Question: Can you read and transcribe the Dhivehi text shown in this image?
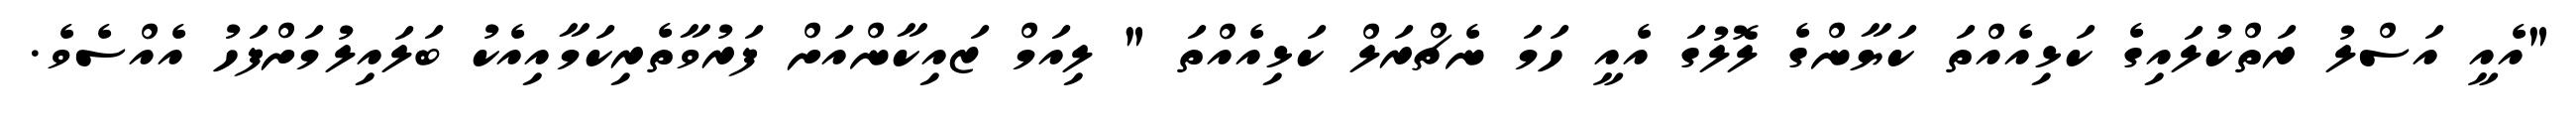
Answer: "އެއީ އަސްލު ރަތްކުލައިގެ ކަޅިއެއްތަ ކަޔާންގެ ލޮލުގަ އެއީ ހަމަ ނެޗްރަލް ކަޅިއެއްތަ " ލިއަމް ޒައިކާންއަށް ފަރުވާތެރިކަމާއިއެކު ބަލައިލުމަށްފަހު އެއްސެވެ.